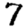
Digit: 7